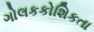
ગોલકકોશિકતા